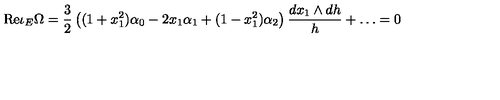
\mathrm { R e } \iota _ { E } \Omega = { \frac { 3 } { 2 } } \left( ( 1 + x _ { 1 } ^ { 2 } ) \alpha _ { 0 } - 2 x _ { 1 } \alpha _ { 1 } + ( 1 - x _ { 1 } ^ { 2 } ) \alpha _ { 2 } \right) { \frac { d x _ { 1 } \wedge d h } { h } } + \ldots = 0